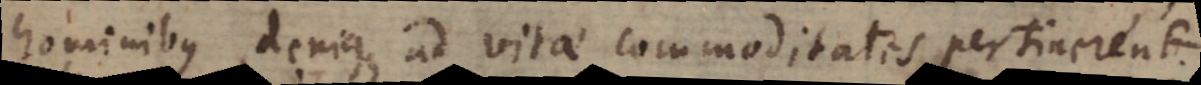
hominibus, denique ad vitae commoditates pertinerent.